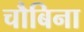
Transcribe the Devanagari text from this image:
चौबिना